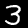
Label: 3